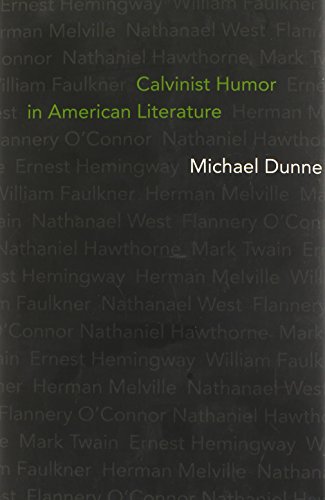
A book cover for Calvinist Humor in American Literature; Michael Dunne; Humor & Entertainment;